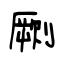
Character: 劂